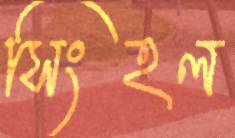
সিংহল